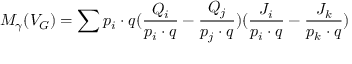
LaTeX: M _ { \gamma } ( V _ { G } ) = \sum p _ { i } \cdot q ( \frac { Q _ { i } } { p _ { i } \cdot q } - \frac { Q _ { j } } { p _ { j } \cdot q } ) ( \frac { J _ { i } } { p _ { i } \cdot q } - \frac { J _ { k } } { p _ { k } \cdot q } )